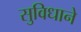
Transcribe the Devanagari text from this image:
सुविधाने